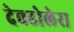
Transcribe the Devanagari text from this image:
देवढोलेरा